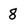
Character: 8